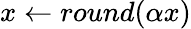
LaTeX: x\leftarrow round(\alpha x)